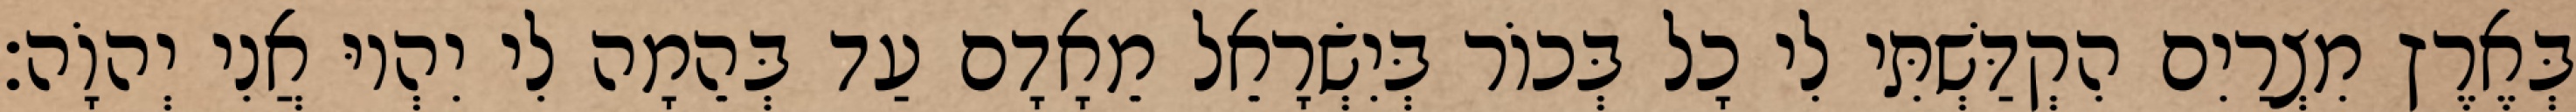
בְּאֶרֶץ מִצְרַיִם הִקְדַּשְׁתִּי לִי כָל בְּכוֹר בְּיִשְׂרָאֵל מֵאָדָם עַד בְּהֵמָה לִי יִהְיוּ אֲנִי יְהוָֹה׃